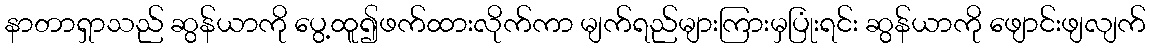
နာတာရှာသည် ဆွန်ယာကို ပွေ့ထူ၍ဖက်ထားလိုက်ကာ မျက်ရည်များကြားမှပြုံးရင်း ဆွန်ယာကို ဖျောင်းဖျလျက်